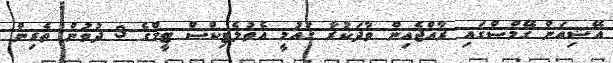
އޭޝިއަން ގޭމްސްގައި ރާއްޖެއިން ވާދަކުރާ ގައުމީ އެތުލެޓިކްސް ޓީމްގެ 3 ދުވުން ތެރިން